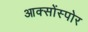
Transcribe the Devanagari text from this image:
आक्सोंस्पोर